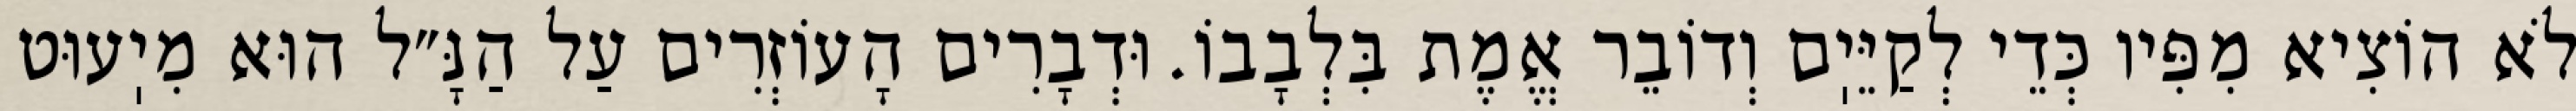
לֹא הוֹצִיא מִפִּיו כְּדֵי לְקַיֵּיֽם וְדוֹבֵר אֱמֶת בִּלְבָבוֹ. וּדְבָרִים הָעוֹזְרִים עַל הַנָּ״ל הוּא מִיֽעוּט